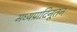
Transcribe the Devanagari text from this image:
मध्यप्रादिनूतन